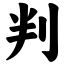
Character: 判